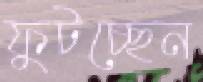
ফুটচ্ছেন